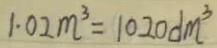
1 . 0 2 m ^ { 3 } = 1 0 2 0 d m ^ { 3 }